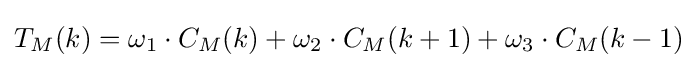
T_{M}(k)=\omega _{1}\cdot C_{M}(k)+\omega _{2}\cdot C_{M}(k+1)+\omega _{3}\cdot C_{M}(k-1)